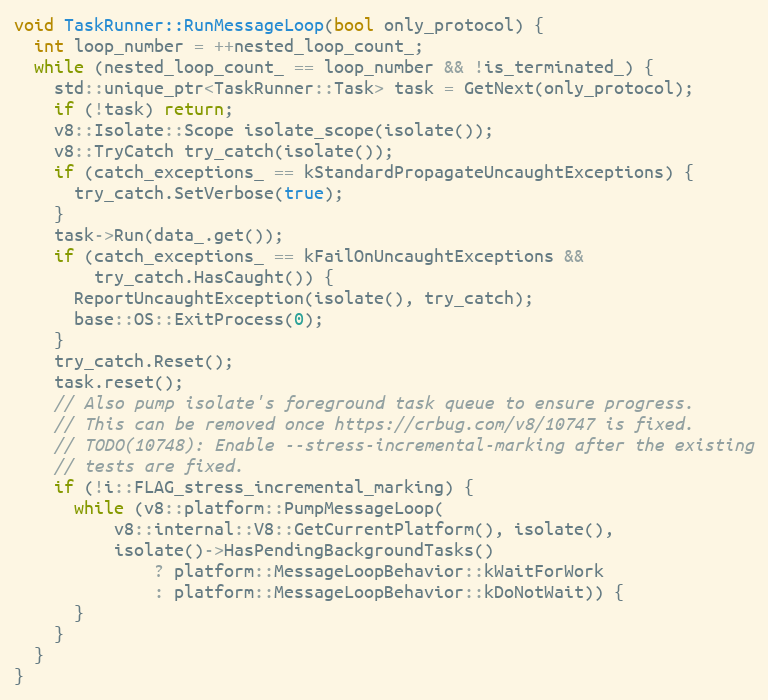
Language: C++
void TaskRunner::RunMessageLoop(bool only_protocol) {
  int loop_number = ++nested_loop_count_;
  while (nested_loop_count_ == loop_number && !is_terminated_) {
    std::unique_ptr<TaskRunner::Task> task = GetNext(only_protocol);
    if (!task) return;
    v8::Isolate::Scope isolate_scope(isolate());
    v8::TryCatch try_catch(isolate());
    if (catch_exceptions_ == kStandardPropagateUncaughtExceptions) {
      try_catch.SetVerbose(true);
    }
    task->Run(data_.get());
    if (catch_exceptions_ == kFailOnUncaughtExceptions &&
        try_catch.HasCaught()) {
      ReportUncaughtException(isolate(), try_catch);
      base::OS::ExitProcess(0);
    }
    try_catch.Reset();
    task.reset();
    // Also pump isolate's foreground task queue to ensure progress.
    // This can be removed once https://crbug.com/v8/10747 is fixed.
    // TODO(10748): Enable --stress-incremental-marking after the existing
    // tests are fixed.
    if (!i::FLAG_stress_incremental_marking) {
      while (v8::platform::PumpMessageLoop(
          v8::internal::V8::GetCurrentPlatform(), isolate(),
          isolate()->HasPendingBackgroundTasks()
              ? platform::MessageLoopBehavior::kWaitForWork
              : platform::MessageLoopBehavior::kDoNotWait)) {
      }
    }
  }
}